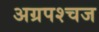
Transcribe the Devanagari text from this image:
अग्रपश्चज